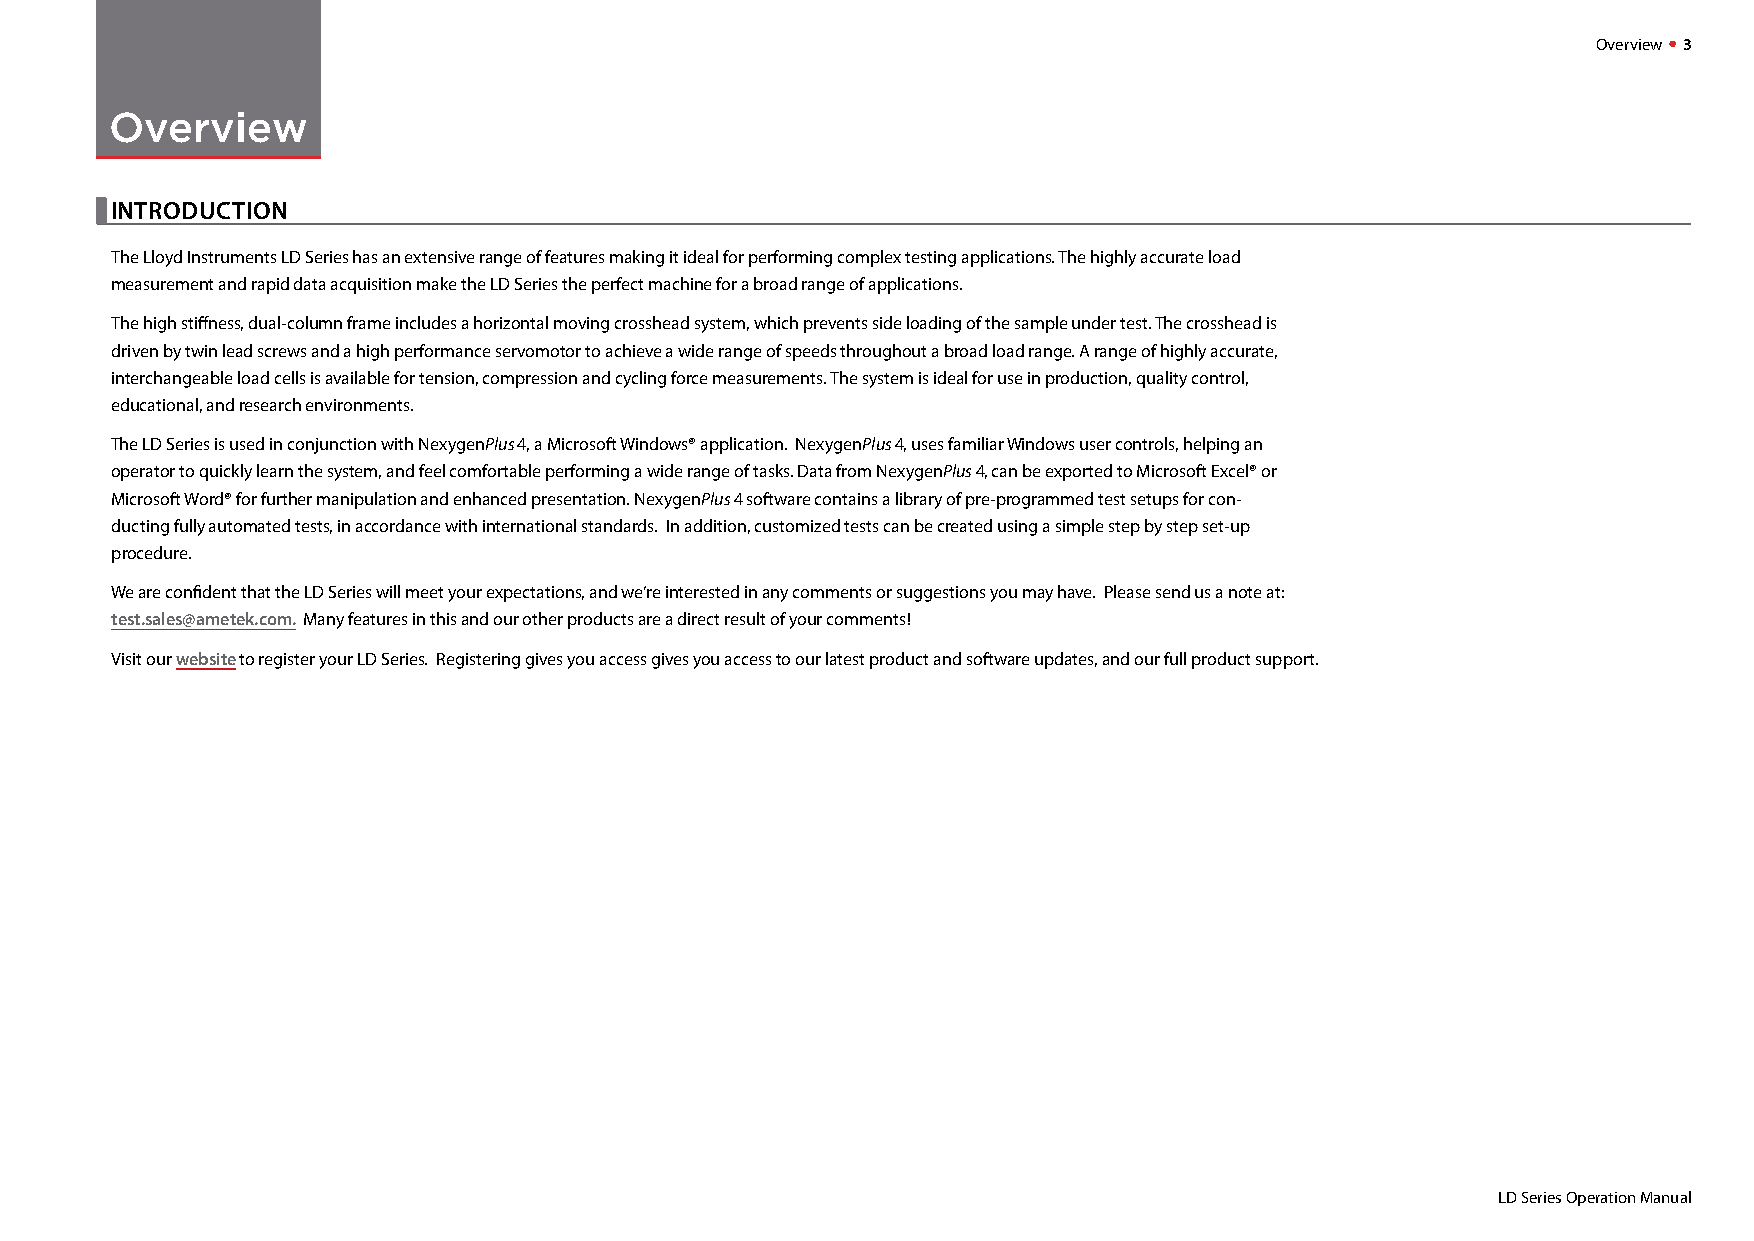
Overview  3
 Overview
 
 INTRODUCTION
 The Lloyd Instruments LD Series has an extensive range of features making it ideal for performing complex testing applications. The highly accurate load
 measurement and rapid data acquisition make the LD Series the perfect machine for a broad range of applications.
 The high stiffness, dual-column frame includes a horizontal moving crosshead system, which prevents side loading of the sample under test. The crosshead is
 driven by twin lead screws and a high performance servomotor to achieve a wide range of speeds throughout a broad load range. A range of highly accurate,
 interchangeable load cells is available for tension, compression and cycling force measurements. The system is ideal for use in production, quality control,
 educational, and research environments.
 The LD Series is used in conjunction with NexygenPlus 4, a Microsoft Windows® application. NexygenPlus 4, uses familiar Windows user controls, helping an
 operator to quickly learn the system, and feel comfortable performing a wide range of tasks. Data from NexygenPlus 4, can be exported to Microsoft Excel® or
 Microsoft Word® for further manipulation and enhanced presentation. NexygenPlus 4 software contains a library of pre-programmed test setups for con-
 ducting fully automated tests, in accordance with international standards. In addition, customized tests can be created using a simple step by step set-up
 procedure.
 We are confident that the LD Series will meet your expectations, and we’re interested in any comments or suggestions you may have. Please send us a note at:
 test.sales@ametek.com. Many features in this and our other products are a direct result of your comments!
 Visit our website to register your LD Series. Registering gives you access gives you access to our latest product and software updates, and our full product support.
 LD Series Operation Manual